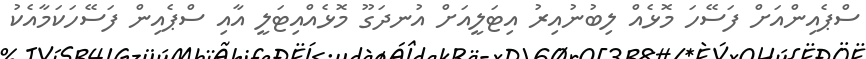
ސްޕެއިންއަށް ފަސޭހަ މޮޅެއް ލިބުނުއިރު އިޓަލީއަށް އުނދަގޫ މޮޅެއްއިޓަލީ އާއި ސްޕެއިން ފަސޭހަކަމާއެކު